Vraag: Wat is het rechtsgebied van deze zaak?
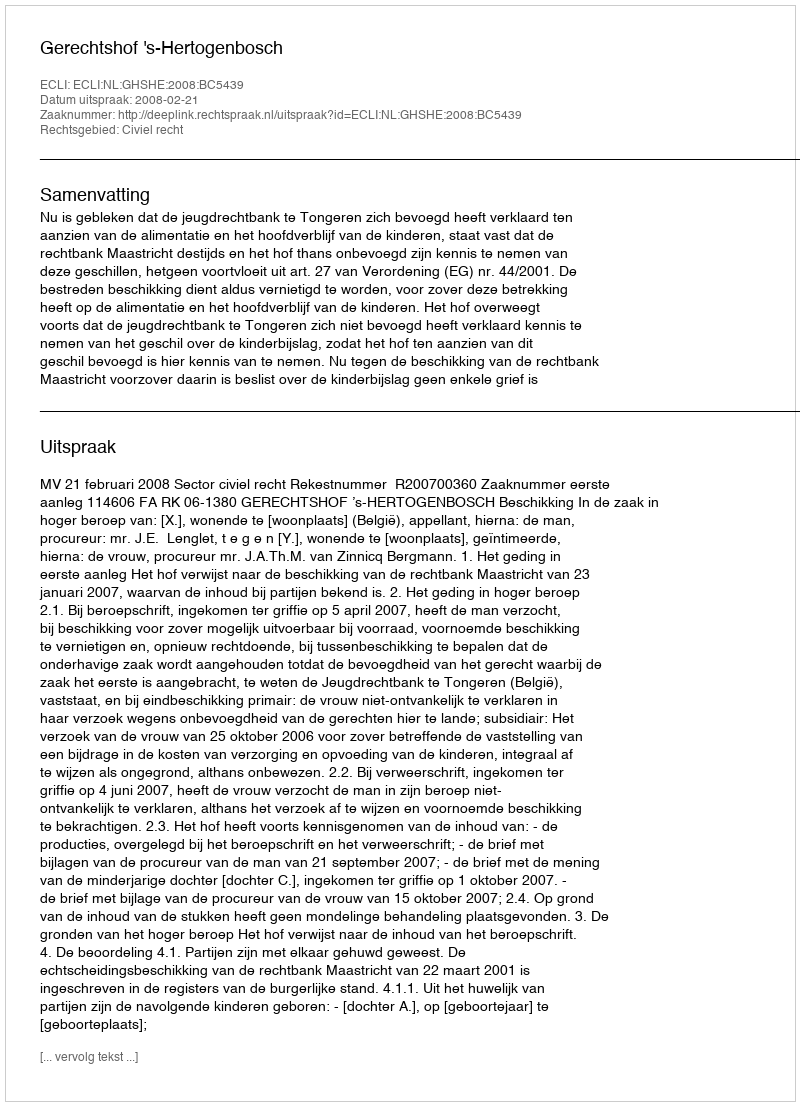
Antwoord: Civiel recht